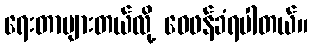
ရေးတာများတယ်လို့ ဝေဖန်ခံရပါတယ်။